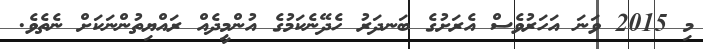
މި 2015 ވަނަ އަހަރުވެސް އެރަށުގެ ބަނދަރު ހެދޭނެކަމުގެ އުންމީދެއް ރައްޔިތުންނަކަށް ނެތެވެ.